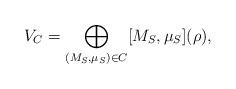
LaTeX: \begin{align*}V_C=\bigoplus\limits_{(M_S, \mu_S) \in C} [M_S,\mu_S](\rho),\end{align*}